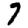
Digit: 7